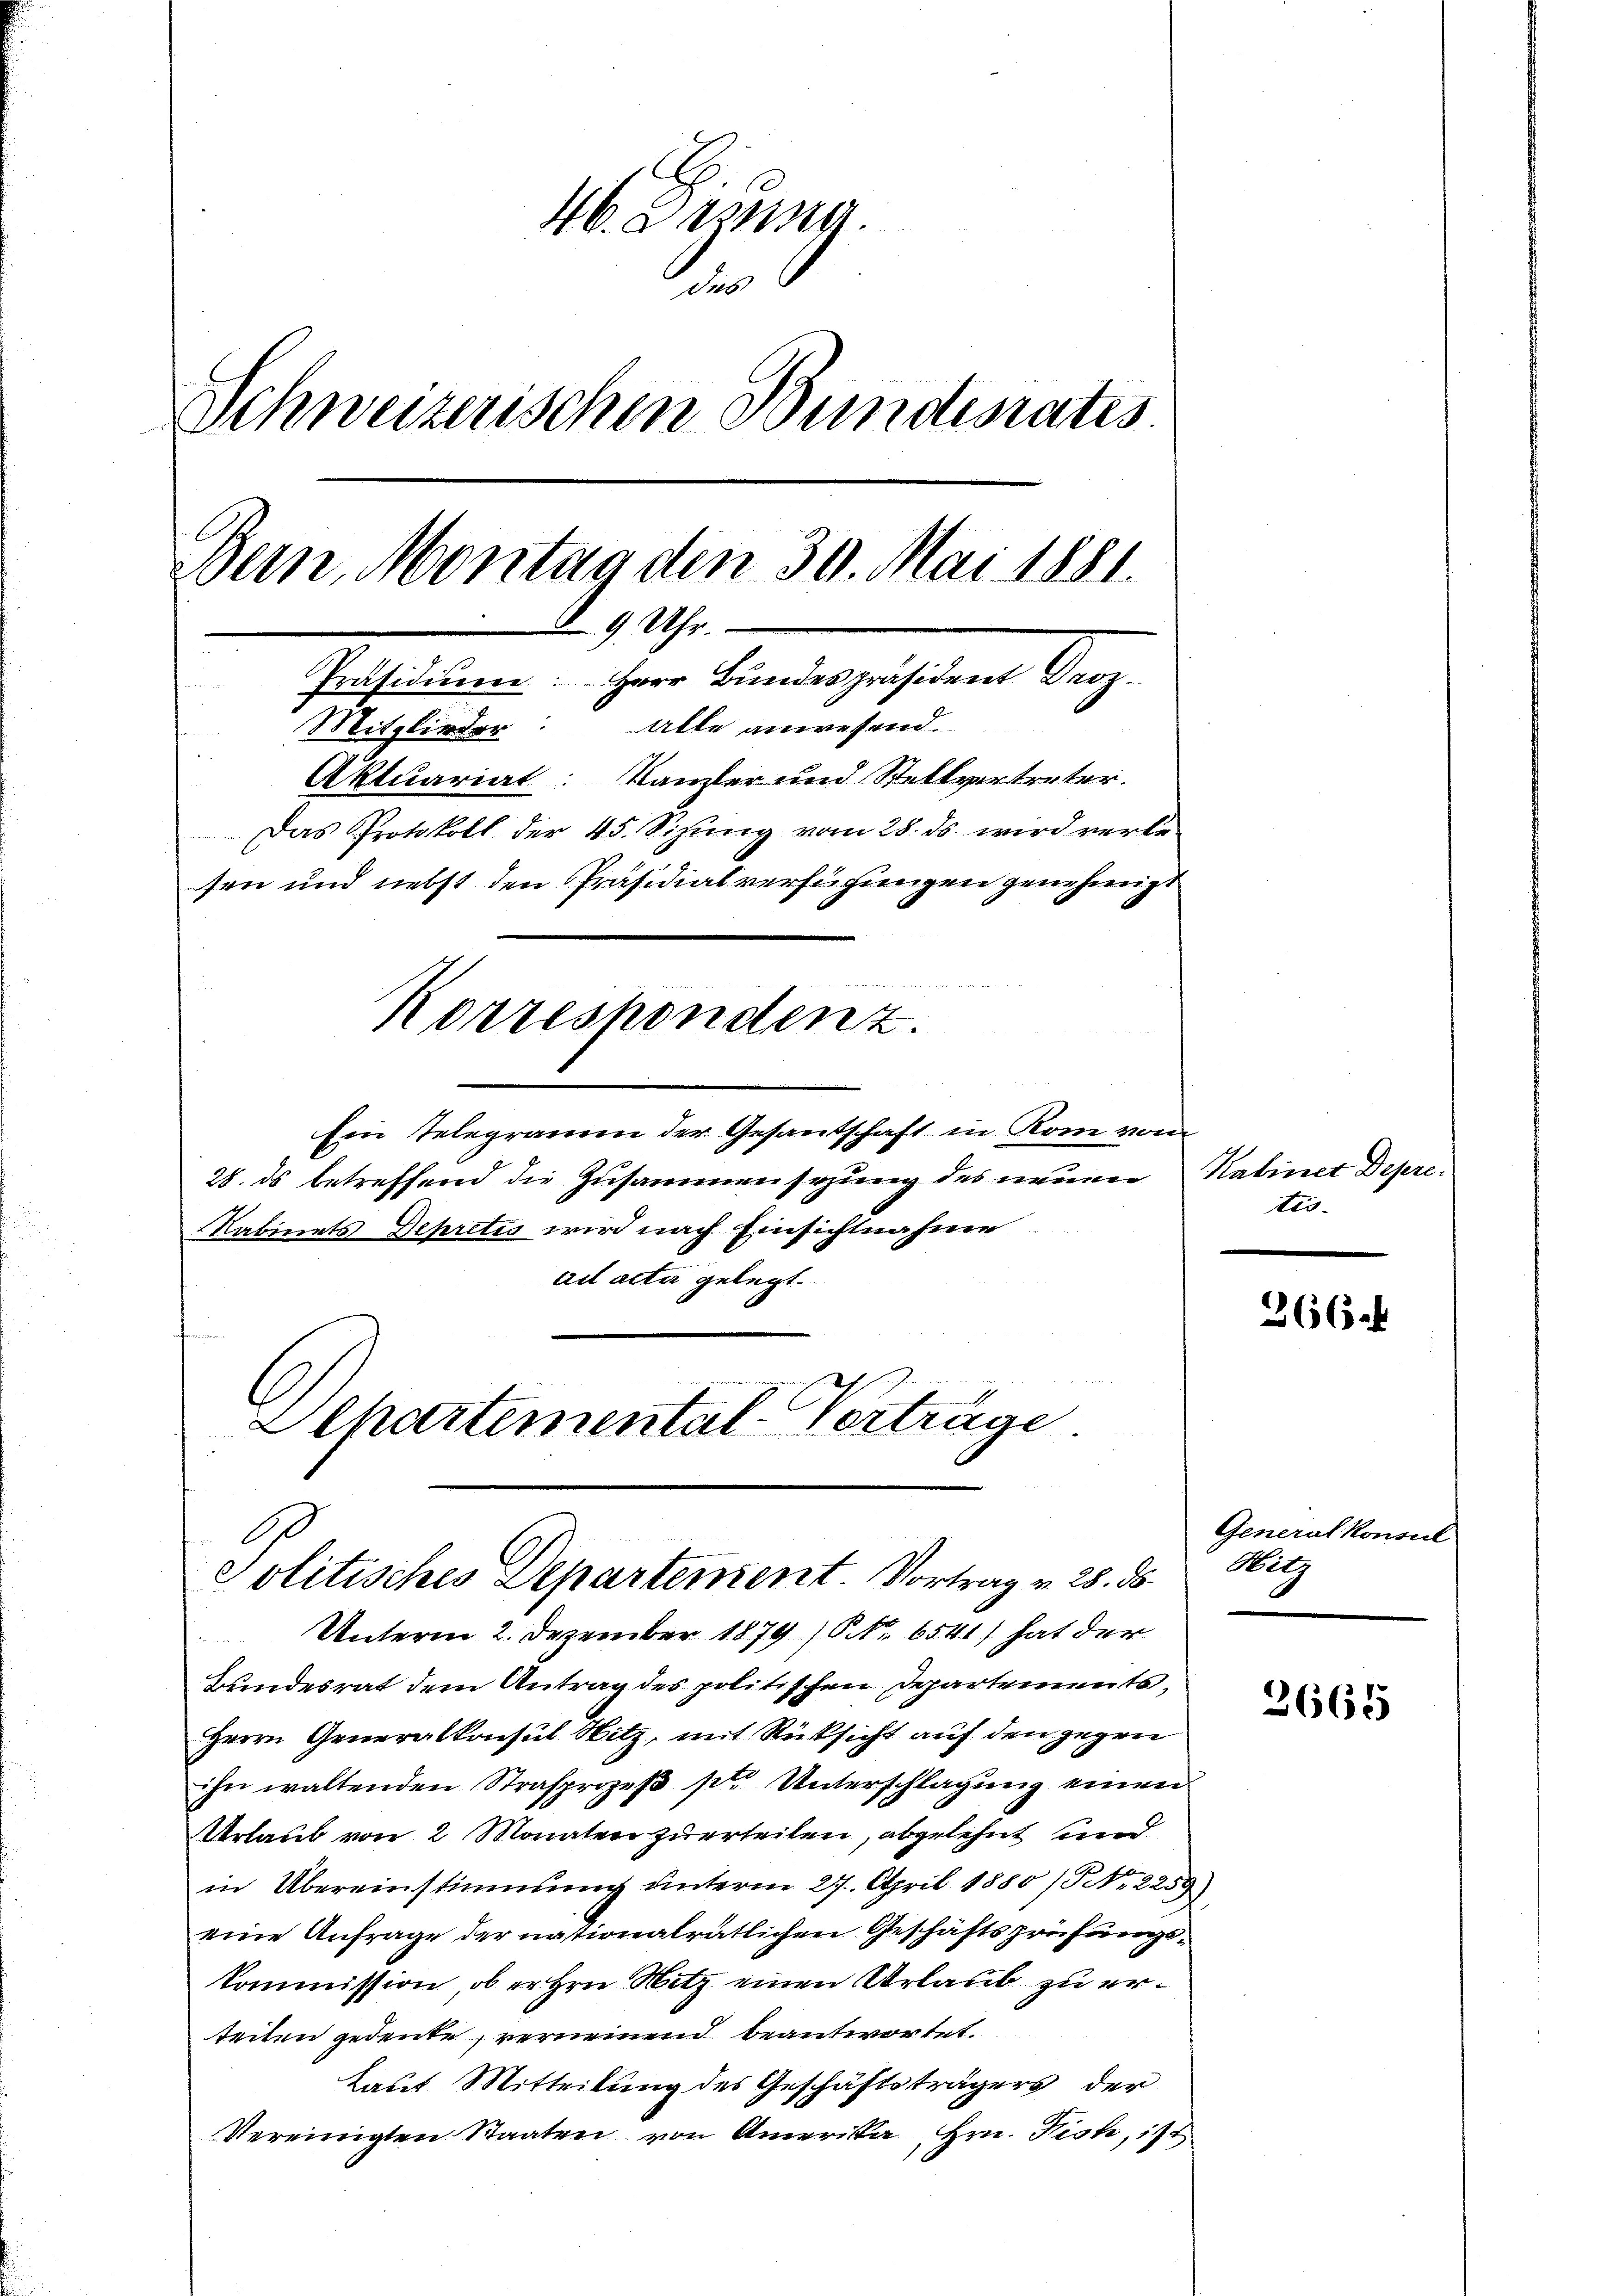
46. Darna
 6
Schweizerischen Bundesrates
Bern, Montag den 30. Mai 1881.
 9 Uhr.
Präsidium: Herr Bundespräsident Droz.
Mitglieder: Alle anwesend.
Aktuariat: Kanzler und Stellvertreter.
Das Protokoll der 45. Sizung vom 28. ds. wird verlesen und nebst den Präsidialverfügungen genehmigt
Korrespondenz.

Ein Telegramm der Gesantschaft in Rom vom
28. ds betreffend die Zusammensezung des neuen
Kabinets Depretis wird nach Einsichtnahme
ail acta gelegt.
Elkartemental-Verträge

Politisches Departement. Vortrag v. 28. ds.

Unterm 2. Dezember 1879 Nr. 6541) hat der
Bundesrat dem Antrag des politischen Departements,
Herrn Generalkonsul Nitz, mit Rücksicht auf den gegen
ihn waltenden Strafprozeß ptr. Unterschlagung einen
rlaub von 2 Monaten zuerteilen, abgelehnt und
in Übereinstimmung unterm 27. April 1880 /Pr. 2259)
eine Anfrage der nationalrätlichen Geschäftsprüfungskommission, ob er Hrn. Hitz einen Urlaub zu erteiten gedeute, verneinend beantwortet.
taut Mitteilung des Geschäftsträgers der
Vereinigten Staaten von Amerika Hrn. Fick, ist

Kabinet Depre
tio-

366.

Generalkonsul
Wilg

2665